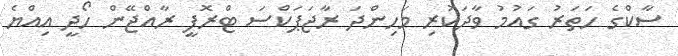
ސާކްގެ ހަތަރު ގައުމު ވާދަކުރި މަހިންދަ ރާޖަޕަކްސަ ޓްރޮފީ ރާއްޖޭން ހޯދީ އިއްޔެ